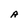
Character: A